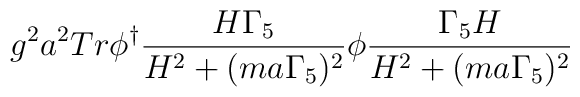
g^{2}a^{2}Tr\phi^{\dagger}\frac{H\Gamma_{5}}{H^{2}+(ma\Gamma_{5})^{2}}\phi\frac{\Gamma_{5}H}{H^{2}+(ma\Gamma_{5})^{2}}